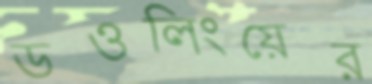
ডওলিংয়ের